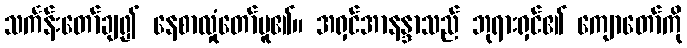
သင်္ကန်းတော်ချ၍ နေစာလှုံတော်မူ၏။ အရှင်အာနန္ဒာသည် ဘုရားရှင်၏ ကျောတော်ကို